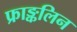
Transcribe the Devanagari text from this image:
फ्राङ्कलिन